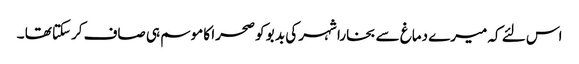
اس لئے کہ میرے دماغ سے بخارا شہر کی بد بو کو صحرا کا موسم ہی صاف کرسکتا تھا ۔